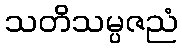
သတိသမ္ပဇညံ